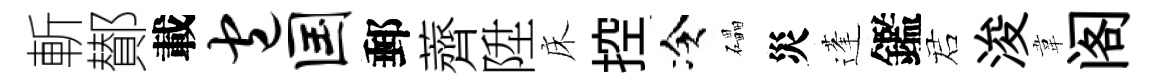
斬鄼載包国郵薺陞床控冷礧災蓬鑑诺浚韋阁